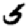
Digit: 5